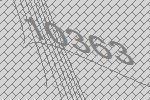
10363